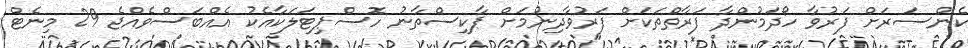
ކެންސަރަށް ފަރުވާ ހޯދަމުންދާ ފަރާތްތަކަށް ފަރުވާދިނުމަށް ޕާކިސްތާނު ހޮސްޕިޓަލަކާއެކު އެއްބަސްވެއްޖެ 29 މިނެޓް